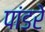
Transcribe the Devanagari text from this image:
पांडरे